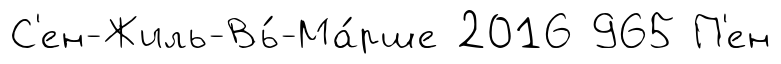
С'ен-Жиль-Вь́-Ма́рше 2016 965 П'ен